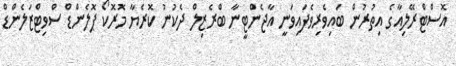
އޮސްޓްރޭލިއާގެ އިތުރުން ބައިވެރިވެފައިވަނީ އާޖެންޓީނާ ބްރެޒިލް ދެކުނު ކޮރެޔާ މޮރޮކޯ ޕޮލެންޑް ސްވިޓްޒަލެންޑް